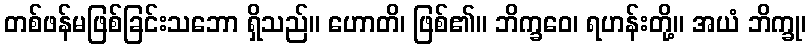
တစ်ဖန်မဖြစ်ခြင်းသဘော ရှိသည်။ ဟောတိ၊ ဖြစ်၏။ ဘိက္ခဝေ၊ ရဟန်းတို့။ အယံ ဘိက္ခု၊